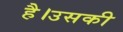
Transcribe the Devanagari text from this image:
है।उसकी